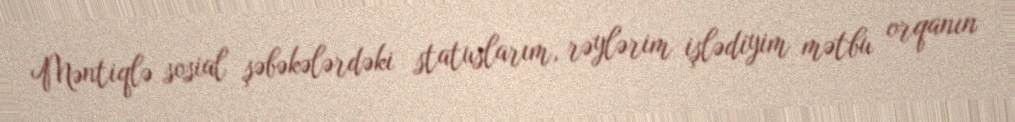
Məntiqlə sosial şəbəkələrdəki statuslarım, rəylərim işlədiyim mətbu orqanın